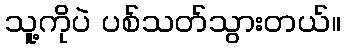
သူ့ကိုပဲ ပစ်သတ်သွားတယ်။